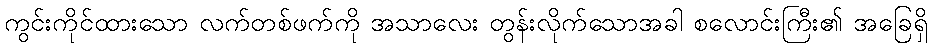
ကွင်းကိုင်ထားသော လက်တစ်ဖက်ကို အသာလေး တွန်းလိုက်သောအခါ စလောင်းကြီး၏ အခြေရှိ